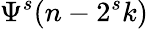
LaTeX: {\Psi}^{s}(n-2^{s}k)